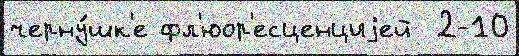
черну́шк'е фл'юор'есценциjей  2-10